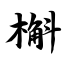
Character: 槲